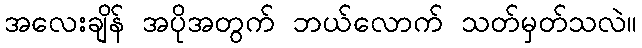
အလေးချိန် အပိုအတွက် ဘယ်လောက် သတ်မှတ်သလဲ။